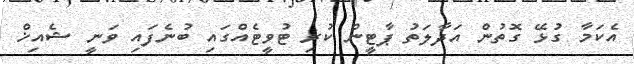
އެކަމާ ގުޅޭ ގޮތުން އަދާލަތު ޕާޓީން ކުރި ޓުވީޓެއްގައި ބުނެފައި ވަނީ ޝެއިޚް